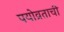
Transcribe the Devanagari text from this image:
पयोव्रताची